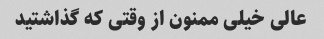
عالی خیلی ممنون از وقتی که گذاشتید